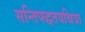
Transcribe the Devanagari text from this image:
सन्तिपद्धतयश्चित्रा